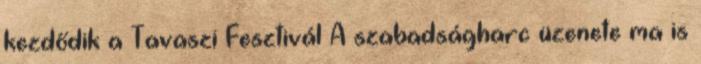
kezdődik a Tavaszi Fesztivál A szabadságharc üzenete ma is